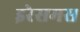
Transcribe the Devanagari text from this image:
इरेसमस